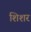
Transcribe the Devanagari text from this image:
शिशर